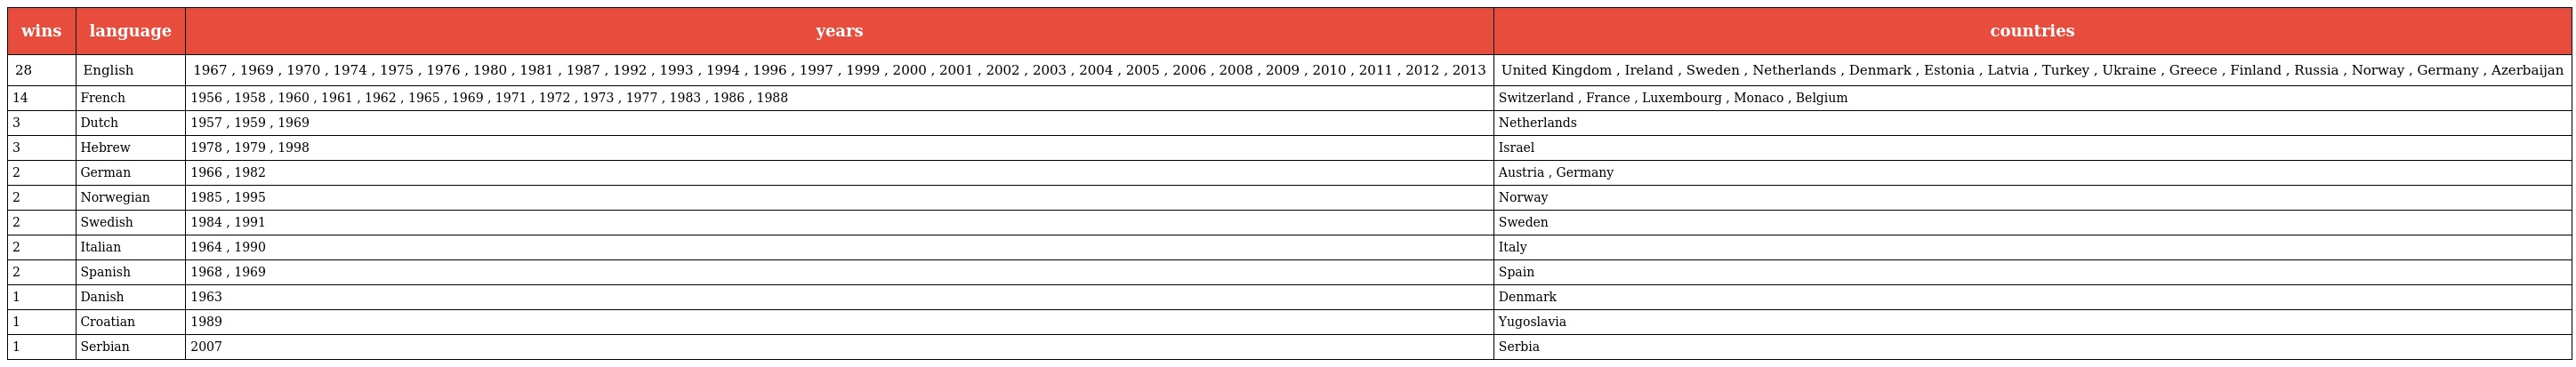
| wins | language | years | countries |
 | --- | --- | --- | --- |
 | 28 | English | 1967 , 1969 , 1970 , 1974 , 1975 , 1976 , 1980 , 1981 , 1987 , 1992 , 1993 , 1994 , 1996 , 1997 , 1999 , 2000 , 2001 , 2002 , 2003 , 2004 , 2005 , 2006 , 2008 , 2009 , 2010 , 2011 , 2012 , 2013 | United Kingdom , Ireland , Sweden , Netherlands , Denmark , Estonia , Latvia , Turkey , Ukraine , Greece , Finland , Russia , Norway , Germany , Azerbaijan |
 | 14 | French | 1956 , 1958 , 1960 , 1961 , 1962 , 1965 , 1969 , 1971 , 1972 , 1973 , 1977 , 1983 , 1986 , 1988 | Switzerland , France , Luxembourg , Monaco , Belgium |
 | 3 | Dutch | 1957 , 1959 , 1969 | Netherlands |
 | 3 | Hebrew | 1978 , 1979 , 1998 | Israel |
 | 2 | German | 1966 , 1982 | Austria , Germany |
 | 2 | Norwegian | 1985 , 1995 | Norway |
 | 2 | Swedish | 1984 , 1991 | Sweden |
 | 2 | Italian | 1964 , 1990 | Italy |
 | 2 | Spanish | 1968 , 1969 | Spain |
 | 1 | Danish | 1963 | Denmark |
 | 1 | Croatian | 1989 | Yugoslavia |
 | 1 | Serbian | 2007 | Serbia |